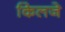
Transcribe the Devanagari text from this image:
किलजे